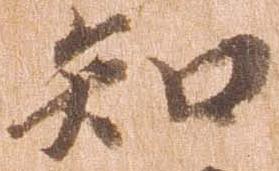
知